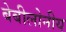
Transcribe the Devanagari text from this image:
बेबीलोनीय